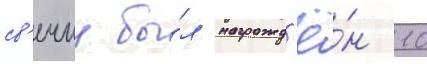
св'ечин бы́л награжд'ё́н 10